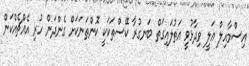
އިސްމާއިލް އަލީ ވިދާޅުވީ އަތުލައިގަތް ބަނގުރާ ކޭސްތަކަކީ ކޮންތަނަކަށް ގެންދަން ހުރި އެއްޗެއްކަން